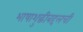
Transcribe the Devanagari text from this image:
भाषाशुद्धीबद्दलची